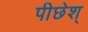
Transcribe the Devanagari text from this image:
पीछेश्